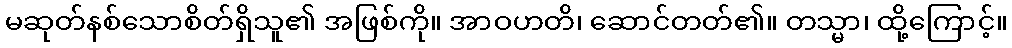
မဆုတ်နစ်သောစိတ်ရှိသူ၏ အဖြစ်ကို။ အာဝဟတိ၊ ဆောင်တတ်၏။ တသ္မာ၊ ထို့ကြောင့်။